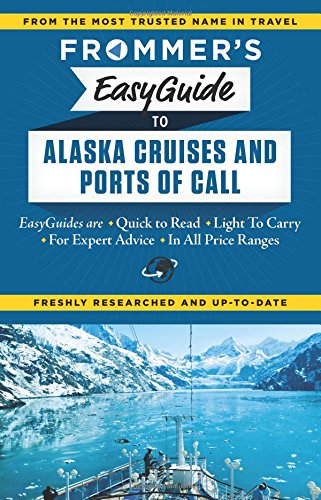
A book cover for Frommer's EasyGuide to Alaska Cruises and Ports of Call (Easy Guides); Fran Golden; Travel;